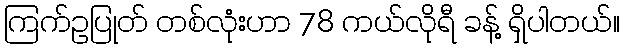
ကြက်ဥပြုတ် တစ်လုံးဟာ 78 ကယ်လိုရီ ခန့် ရှိပါတယ်။